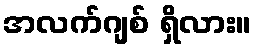
အလက်ဂျစ် ရှိလား။